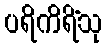
ပရိကိရိံသု